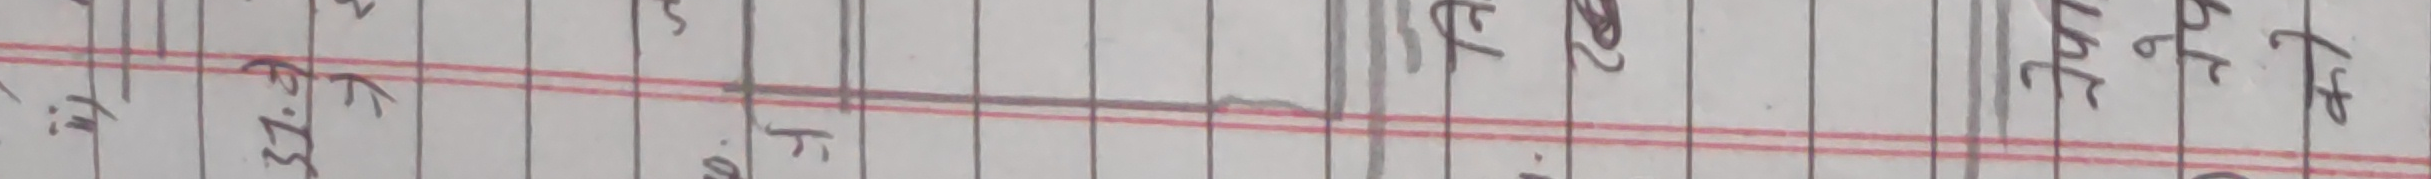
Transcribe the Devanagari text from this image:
एस.टी.ए.